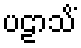
ပဠာသိံ